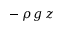
- \, \rho \, g \, z